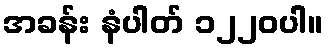
အခန်း နံပါတ် ၁၂၂၀ပါ။